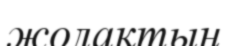
жолақтың